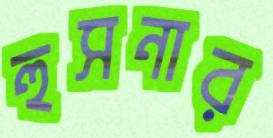
হুসনার